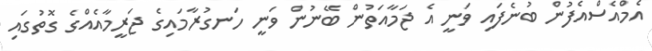
އެމްއެސްއެފުން ބުނެފައި ވަނީ އެ ޖަމާއަތުން ބޭނުން ވަނީ ހަނގުރާމައިގެ ޖަރީމާއެއްގެ ގޮތުގައި